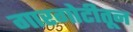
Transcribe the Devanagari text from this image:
गारगोटीतून